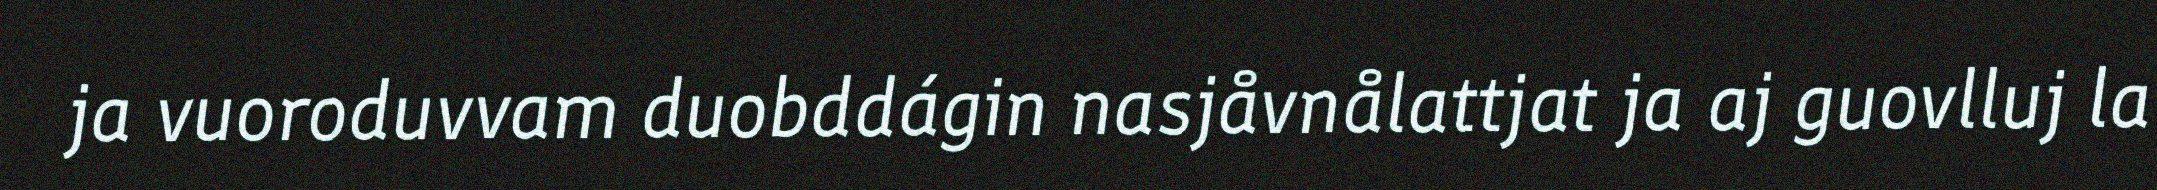
ja vuoroduvvam duobddágin nasjåvnålattjat ja aj guovlluj la